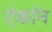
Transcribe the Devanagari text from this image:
ऐकॉन